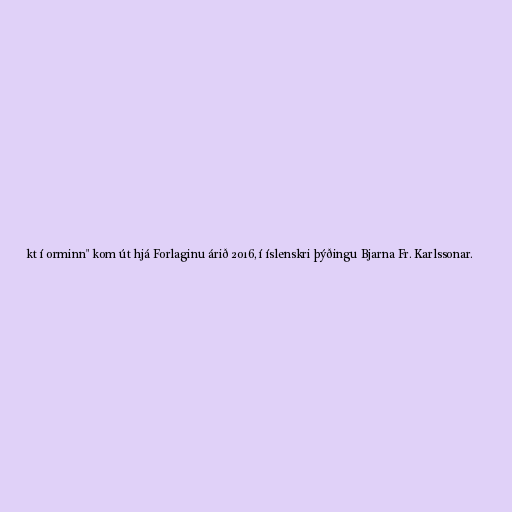
kt í orminn" kom út hjá Forlaginu árið 2016, í íslenskri þýðingu Bjarna Fr. Karlssonar.